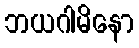
ဘယဂါမိနော